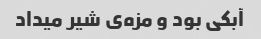
آبکی بود و مزه‌ی شیر میداد